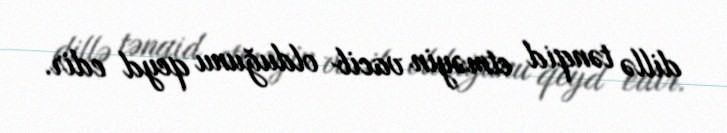
dillə tənqid etməyin vacib olduğunu qeyd edir.